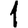
Digit: 1